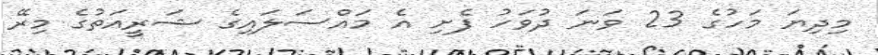
މިދިޔަ މަހުގެ 23 ވަނަ ދުވަހު ފެށި އެ މައްސަލައިގެ ޝަރީއަތުގެ މިރޭ